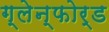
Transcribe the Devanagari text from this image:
ग्लेन्फोर्ड